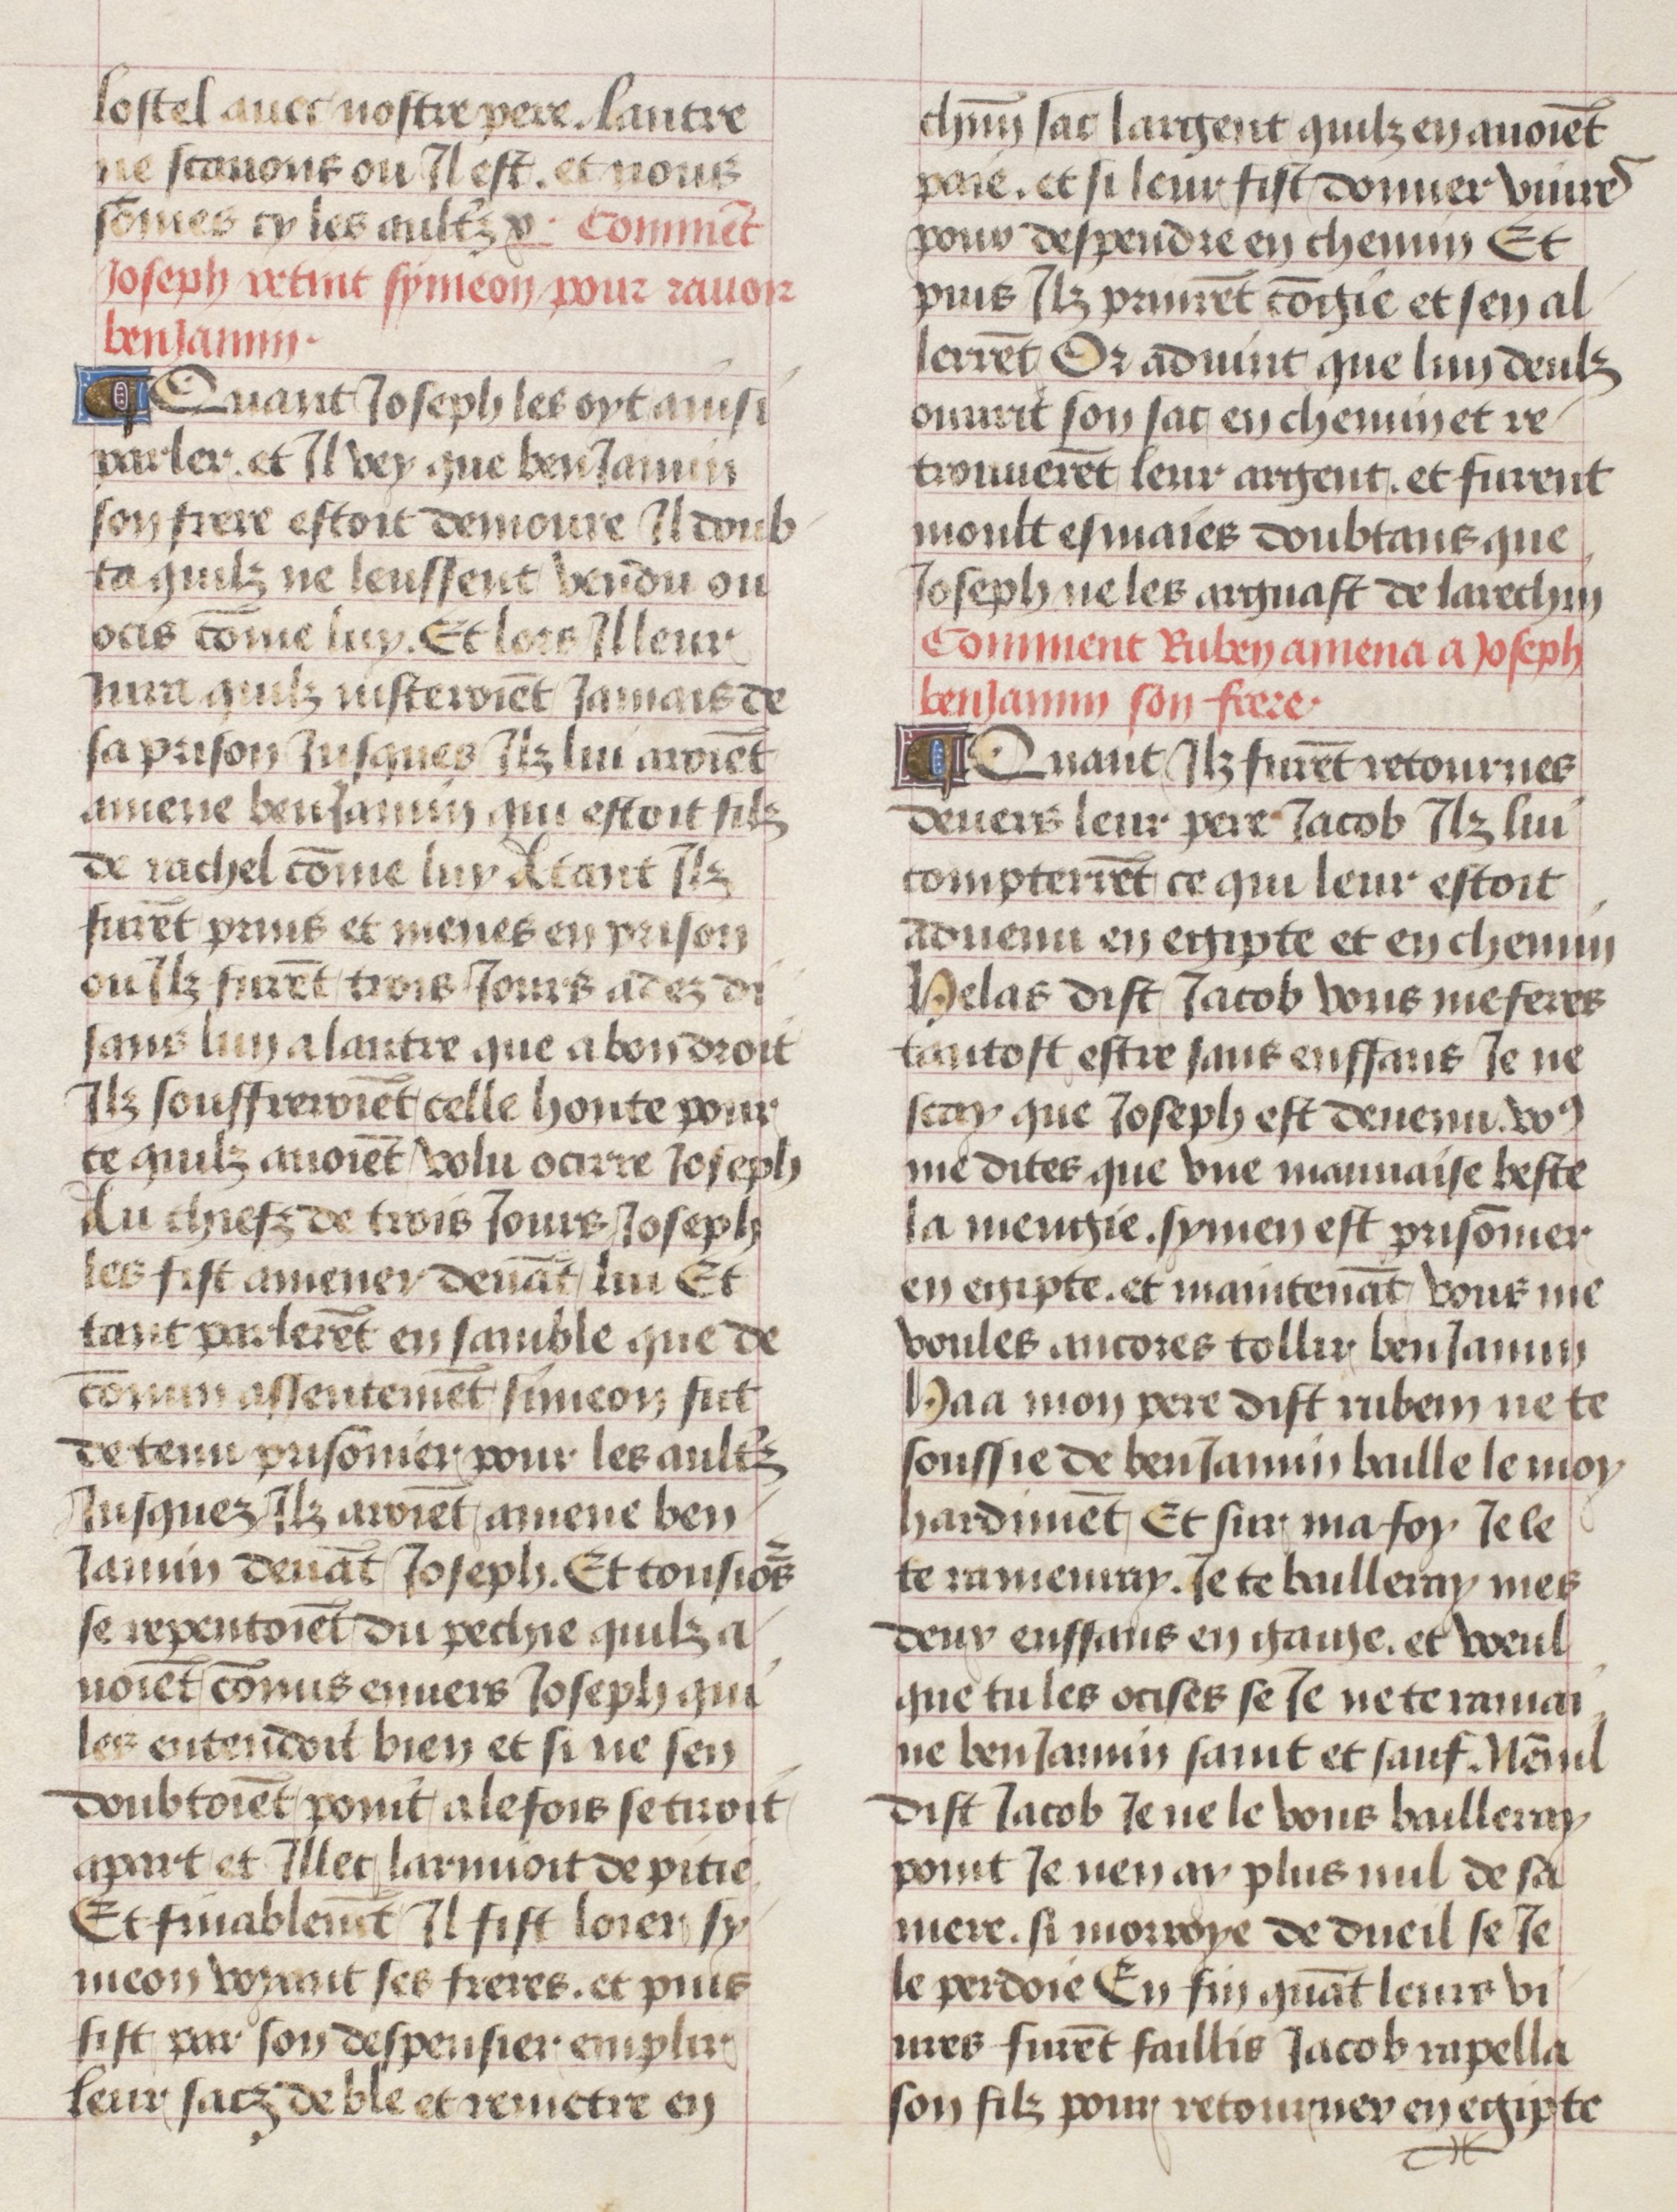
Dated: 1475–1485